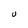
Character: U